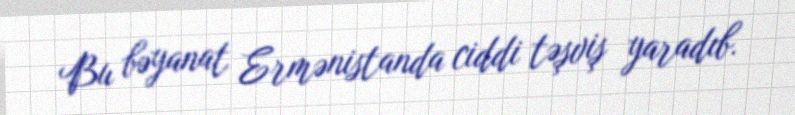
Bu bəyanat Ermənistanda ciddi təşviş yaradıb.